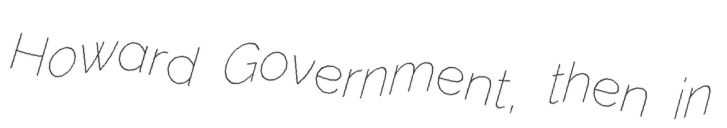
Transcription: Howard Government, then in